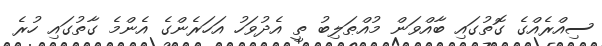
ސިއްރެއްގެ ގޮތުގައި ބާއްވަން މުއްޠަލިބު ތީ އެދުވަހު އަހަރެންގެ އެންމެ ގާތުގައި ހުރެ